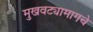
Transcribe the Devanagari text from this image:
मुखवट्यामागचे